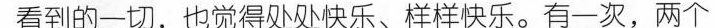
看到的一切，也觉得处处快乐、样样快乐。有一次，两个